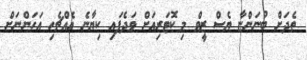
ތެދަށް ބުނަންޏާ ޔެސް ޒީވް މި ކޮޓަރިއަށް ވަދެފައި ކިޔާނެ އެއްޗެހި އަހަންނަށް